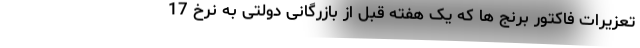
تعزیرات فاکتور برنج ها که یک هفته قبل از بازرگانی دولتی به نرخ 17